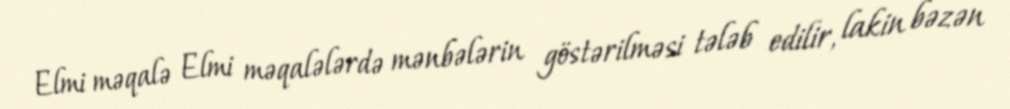
Elmi məqalə Elmi məqalələrdə mənbələrin göstərilməsi tələb edilir, lakin bəzən